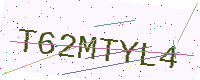
Text: T62MTYL4